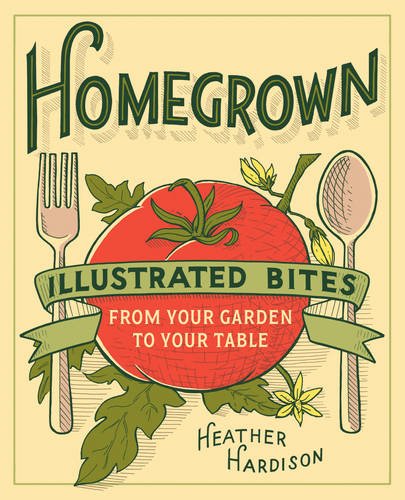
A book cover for Homegrown: Illustrated Bites from Your Garden to Your Table; Heather Hardison; Crafts, Hobbies & Home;